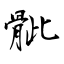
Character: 骴